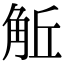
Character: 𧣜